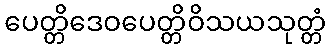
ပေတ္တိဒေဝပေတ္တိဝိသယသုတ္တံ